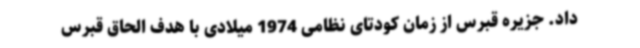
داد. جزیره قبرس از زمان کودتای نظامی 1974 میلادی با هدف الحاق قبرس